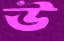
উ